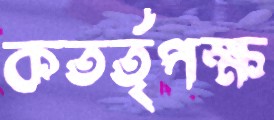
কতর্তৃপক্ষ